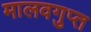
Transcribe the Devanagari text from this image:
मालवगुप्त